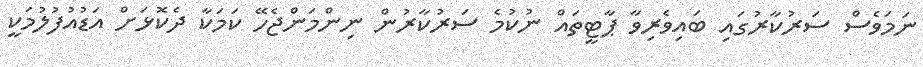
ނަމަވެސް ސަރުކާރުގައި ބައިވެރިވާ ޕާޓީތައް ނުކުމެ ސަރުކާރުން ނިންމަންޖެހޭ ކަމަކާ ދެކޮޅަށް އަޑުއުފުލުމަކީ